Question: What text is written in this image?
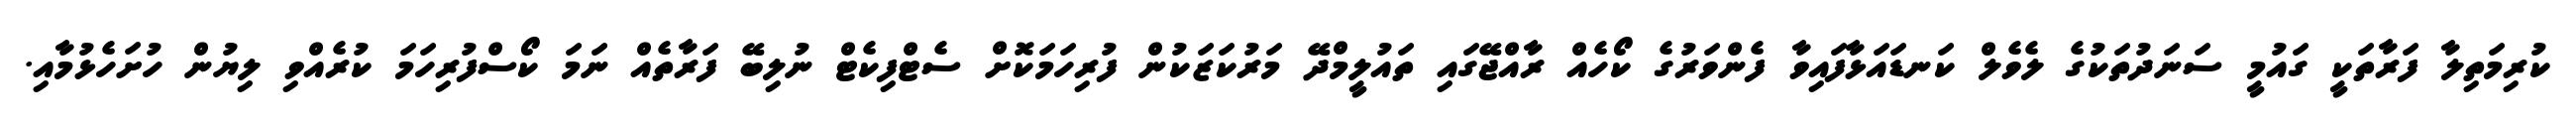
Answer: ކުރިމަތިލާ ފަރާތަކީ ގައުމީ ސަނަދުތަކުގެ ލެވެލް ކަނޑައަޅާފައިވާ ފެންވަރުގެ ކޯހެއް ރާއްޖޭގައި ތައުލީމްދޭ މަރުކަޒަކުން ފުރިހަމަކޮށް ސެޓްފިކެޓް ނުލިބޭ ފަރާތެއް ނަމަ ކޯސްފުރިހަމަ ކުރެއްވި ލިޔުން ހުށަހެޅުމާއި.